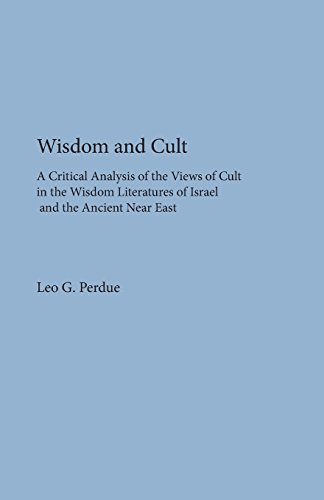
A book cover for Wisdom and Cult: A Critical Analysis of the Views of Cult (Dissertation Series; No. 30); Leo G. Perdue; Christian Books & Bibles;